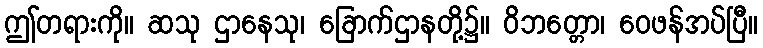
ဤတရားကို။ ဆသု ဌာနေသု၊ ခြောက်ဌာနတို့၌။ ဝိဘတ္တော၊ ဝေဖန်အပ်ပြီ။